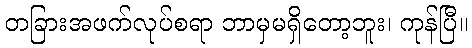
တခြားအဖက်လုပ်စရာ ဘာမှမရှိတော့ဘူး၊ ကုန်ပြီ။